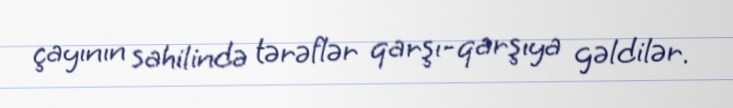
çayının sahilində tərəflər qarşı-qarşıya gəldilər.